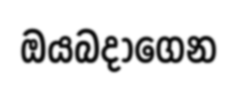
ඔයබදාගෙන